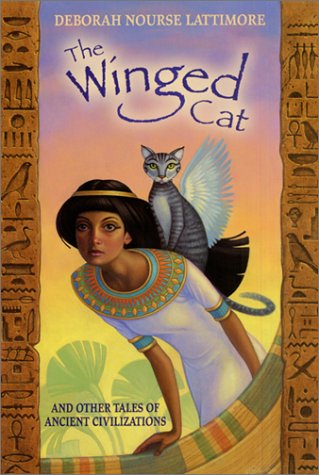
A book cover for The Winged Cat: And Other Tales of Ancient Civilizations; Deborah Nourse Lattimore; Children's Books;